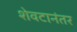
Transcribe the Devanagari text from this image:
शेवटानंतर